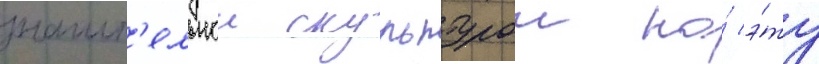
значит'ельнои скульптурои на́ э́ту